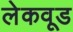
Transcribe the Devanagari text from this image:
लेकवूड